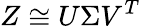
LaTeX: Z\cong U\Sigma V^{T}